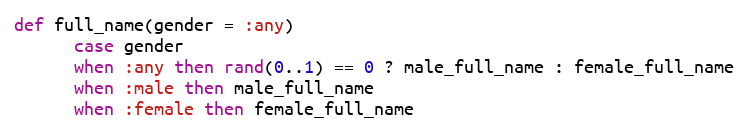
Language: Ruby
def full_name(gender = :any)
      case gender
      when :any then rand(0..1) == 0 ? male_full_name : female_full_name
      when :male then male_full_name
      when :female then female_full_name